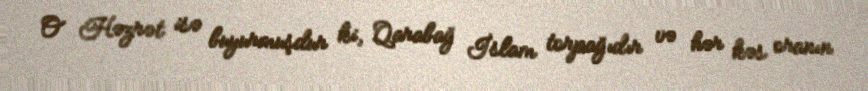
O Həzrət isə buyurmuşdur ki, Qarabağ İslam torpağıdır və hər kəs oranın